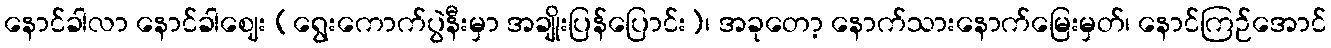
နောင်ခါလာ နောင်ခါဈေး (ရွေးကောက်ပွဲနီးမှာ အချိုးပြန်ပြောင်း)၊ အခုတော့ နောက်သားနောက်မြေးမှတ်၊ နောင်ကြဉ်အောင်